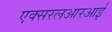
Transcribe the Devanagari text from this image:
एक्सरलआरआर्इ